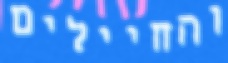
והחיילים